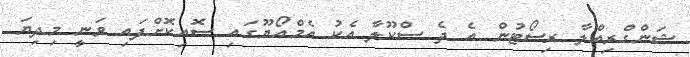
ޝަންގްރިއްލާ ރިސޯޓުން އެ ދެ ސްކޫލާ އެކު އެމްއޯޔޫގައި ސޮއިކޮށްފައި ވަނީ މިދިޔަ